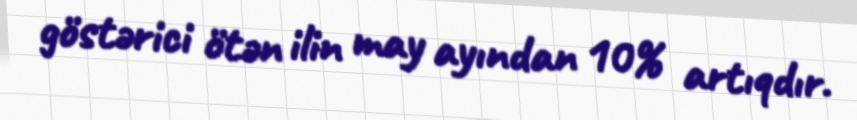
göstərici ötən ilin may ayından 10% artıqdır.